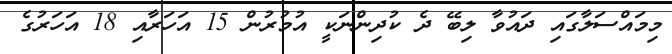
މިމައްސަލާގައި ދައުވާ ލިބޭ ދެ ކުދިންނަކީ އުމުރުން 15 އަހަރާއި 18 އަހަރުގެ